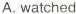
A. watched